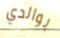
بوالدي